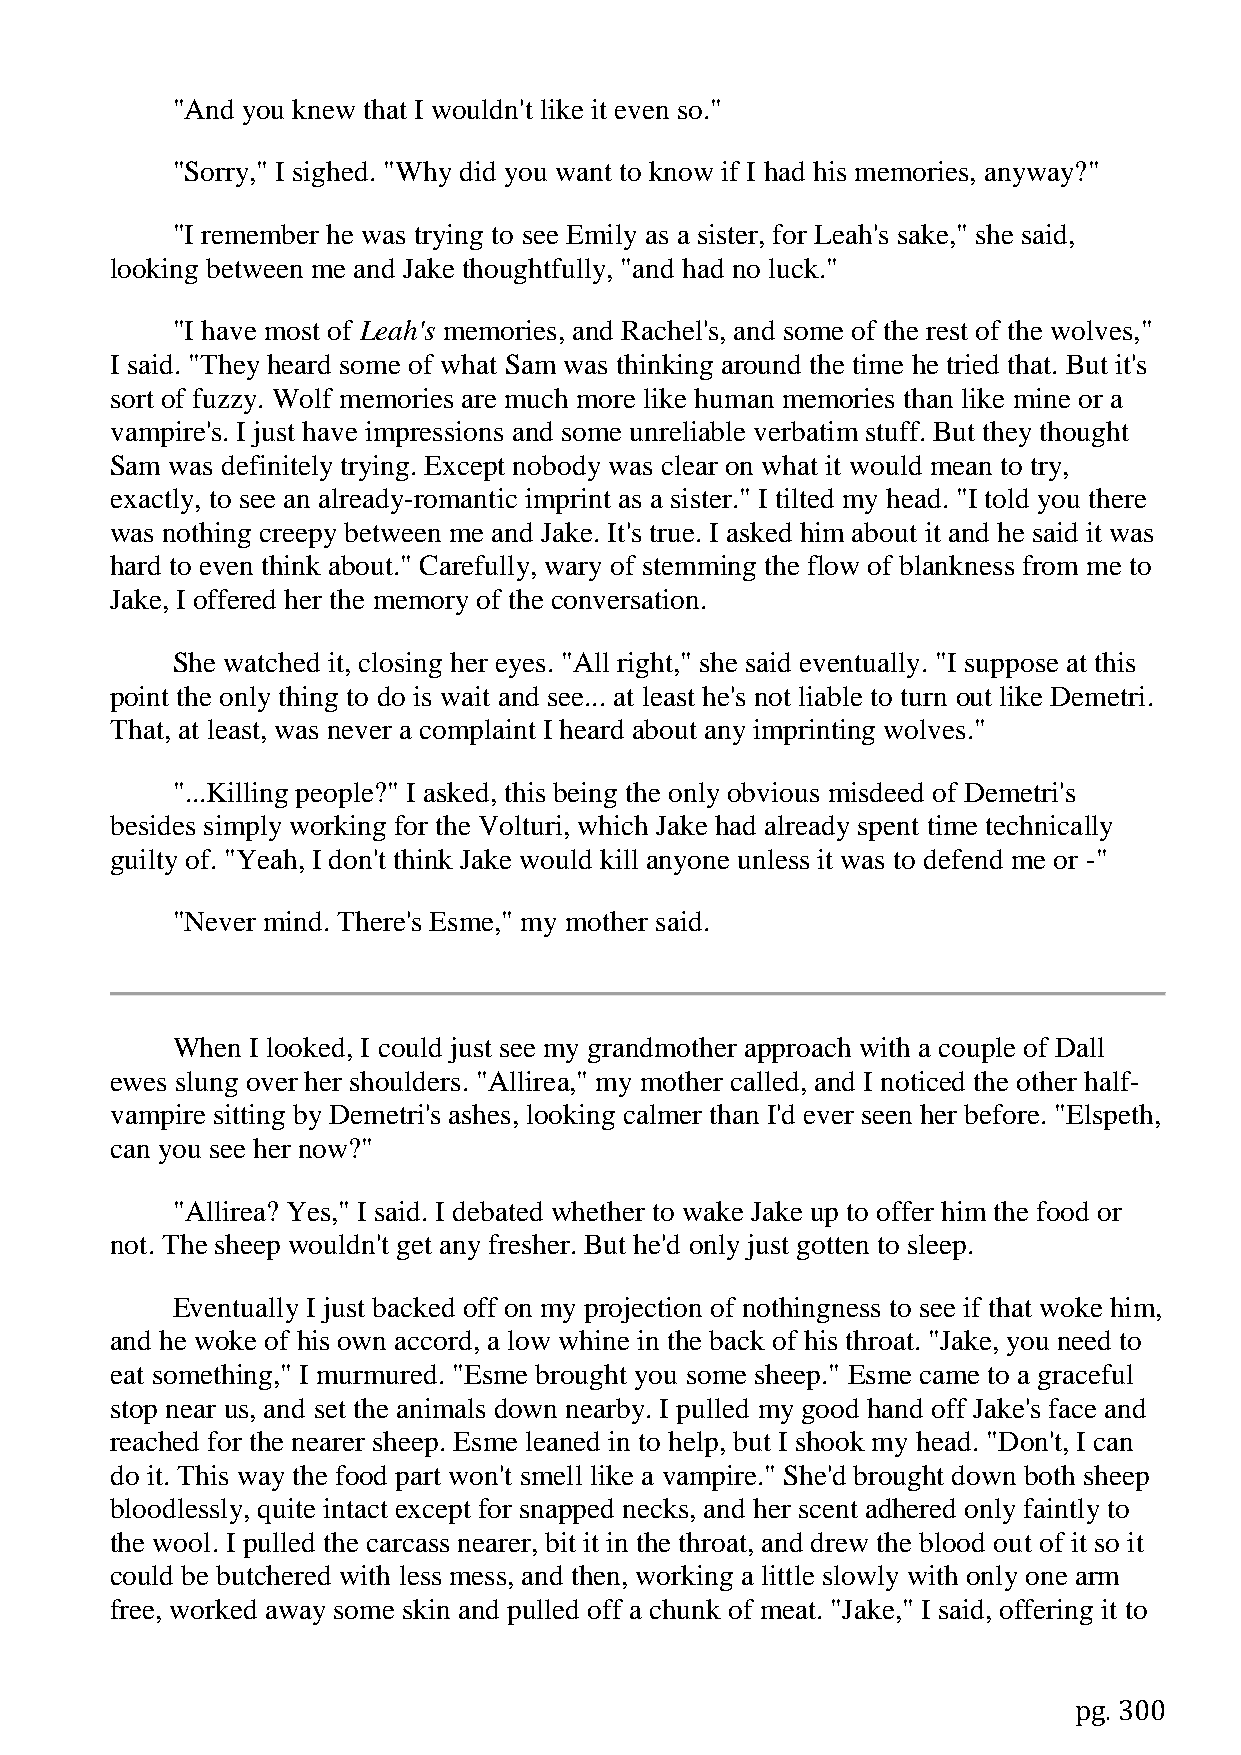
"And you knew that I wouldn't like it even so."
 "Sorry," I sighed. "Why did you want to know if I had his memories, anyway?"
 "I remember he was trying to see Emily as a sister, for Leah's sake," she said,
 looking between me and Jake thoughtfully, "and had no luck."
 "I have most of Leah's memories, and Rachel's, and some of the rest of the wolves,"
 I said. "They heard some of what Sam was thinking around the time he tried that. But it's
 sort of fuzzy. Wolf memories are much more like human memories than like mine or a
 vampire's. I just have impressions and some unreliable verbatim stuff. But they thought
 Sam was definitely trying. Except nobody was clear on what it would mean to try,
 exactly, to see an already-romantic imprint as a sister." I tilted my head. "I told you there
 was nothing creepy between me and Jake. It's true. I asked him about it and he said it was
 hard to even think about." Carefully, wary of stemming the flow of blankness from me to
 Jake, I offered her the memory of the conversation.
 She watched it, closing her eyes. "All right," she said eventually. "I suppose at this
 point the only thing to do is wait and see... at least he's not liable to turn out like Demetri.
 That, at least, was never a complaint I heard about any imprinting wolves."
 "...Killing people?" I asked, this being the only obvious misdeed of Demetri's
 besides simply working for the Volturi, which Jake had already spent time technically
 guilty of. "Yeah, I don't think Jake would kill anyone unless it was to defend me or -"
 "Never mind. There's Esme," my mother said.
 When  I looked, I could just see my grandmother approach with a couple of Dall
 ewes slung over her shoulders. "Allirea," my mother called, and I noticed the other half-
 vampire sitting by Demetri's ashes, looking calmer than I'd ever seen her before. "Elspeth,
 can you see her now?"
 "Allirea? Yes," I said. I debated whether to wake Jake up to offer him the food or
 not. The sheep wouldn't get any fresher. But he'd only just gotten to sleep.
 Eventually I just backed off on my projection of nothingness to see if that woke him,
 and he woke of his own accord, a low whine in the back of his throat. "Jake, you need to
 eat something," I murmured. "Esme brought you some sheep." Esme came to a graceful
 stop near us, and set the animals down nearby. I pulled my good hand off Jake's face and
 reached for the nearer sheep. Esme leaned in to help, but I shook my head. "Don't, I can
 do it. This way the food part won't smell like a vampire." She'd brought down both sheep
 bloodlessly, quite intact except for snapped necks, and her scent adhered only faintly to
 the wool. I pulled the carcass nearer, bit it in the throat, and drew the blood out of it so it
 could be butchered with less mess, and then, working a little slowly with only one arm
 free, worked away some skin and pulled off a chunk of meat. "Jake," I said, offering it to
 pg. 300